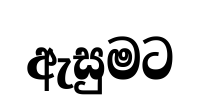
ඇසුමට